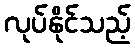
လုပ်နိုင်သည့်